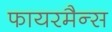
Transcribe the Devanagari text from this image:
फायरमैन्स